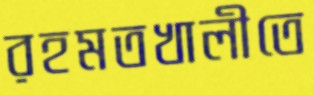
রহমতখালীতে